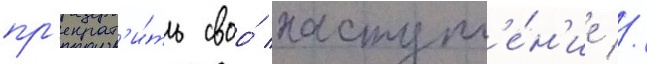
пр'екрат'и́ть своо́ наступл'е́н'ие //